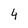
Character: 4